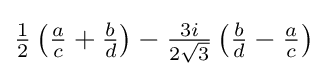
{\tfrac {1}{2}}\left({\tfrac {a}{c}}+{\tfrac {b}{d}}\right)-{\tfrac {3i}{2{\sqrt {3}}}}\left({\tfrac {b}{d}}-{\tfrac {a}{c}}\right)